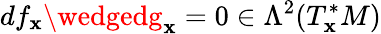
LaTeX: df_{\mathbf{x}}\wedgedg_{\mathbf{x}}=0\in\Lambda^{2}(T_{\mathbf{x}}^{*}M)